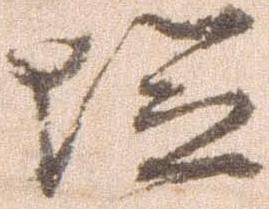
塩